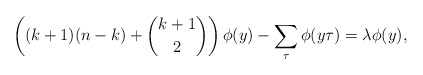
\begin{align*} \left((k+1)(n-k)+{k+1 \choose 2}\right) \phi(y) - \sum_{\tau}\phi(y\tau) = \lambda \phi(y),\end{align*}